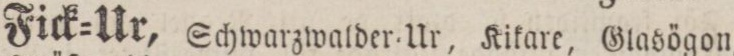
Fick=Ur, Schwarzwalder Ur, Kikare, Glasögon,